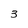
Character: 3